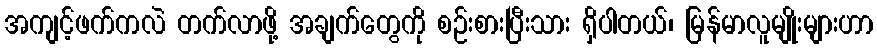
အကျင့်ဖက်ကလဲ တက်လာဖို့ အချက်တွေကို စဉ်းစားပြီးသား ရှိပါတယ်၊ မြန်မာလူမျိုးများဟာ